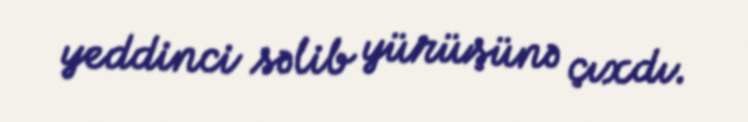
yeddinci səlib yürüşünə çıxdı.